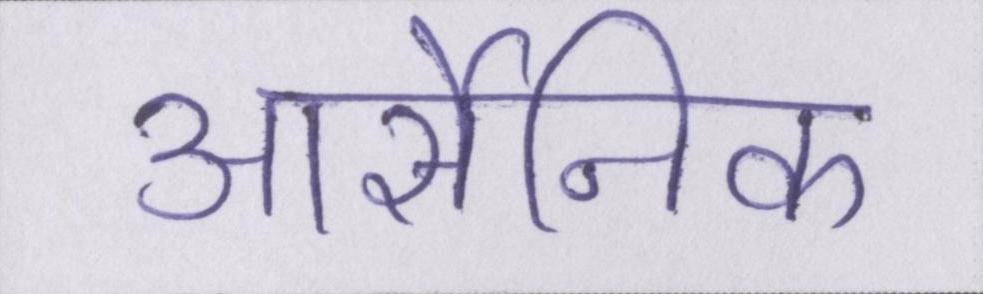
आर्सेनिक